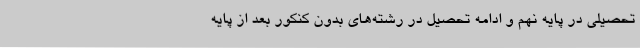
تحصیلی در پایه نهم و ادامه تحصیل در رشته‌های بدون کنکور بعد از پایه